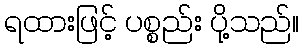
ရထားဖြင့် ပစ္စည်း ပို့သည်။